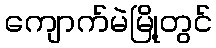
ကျောက်မဲမြို့တွင်